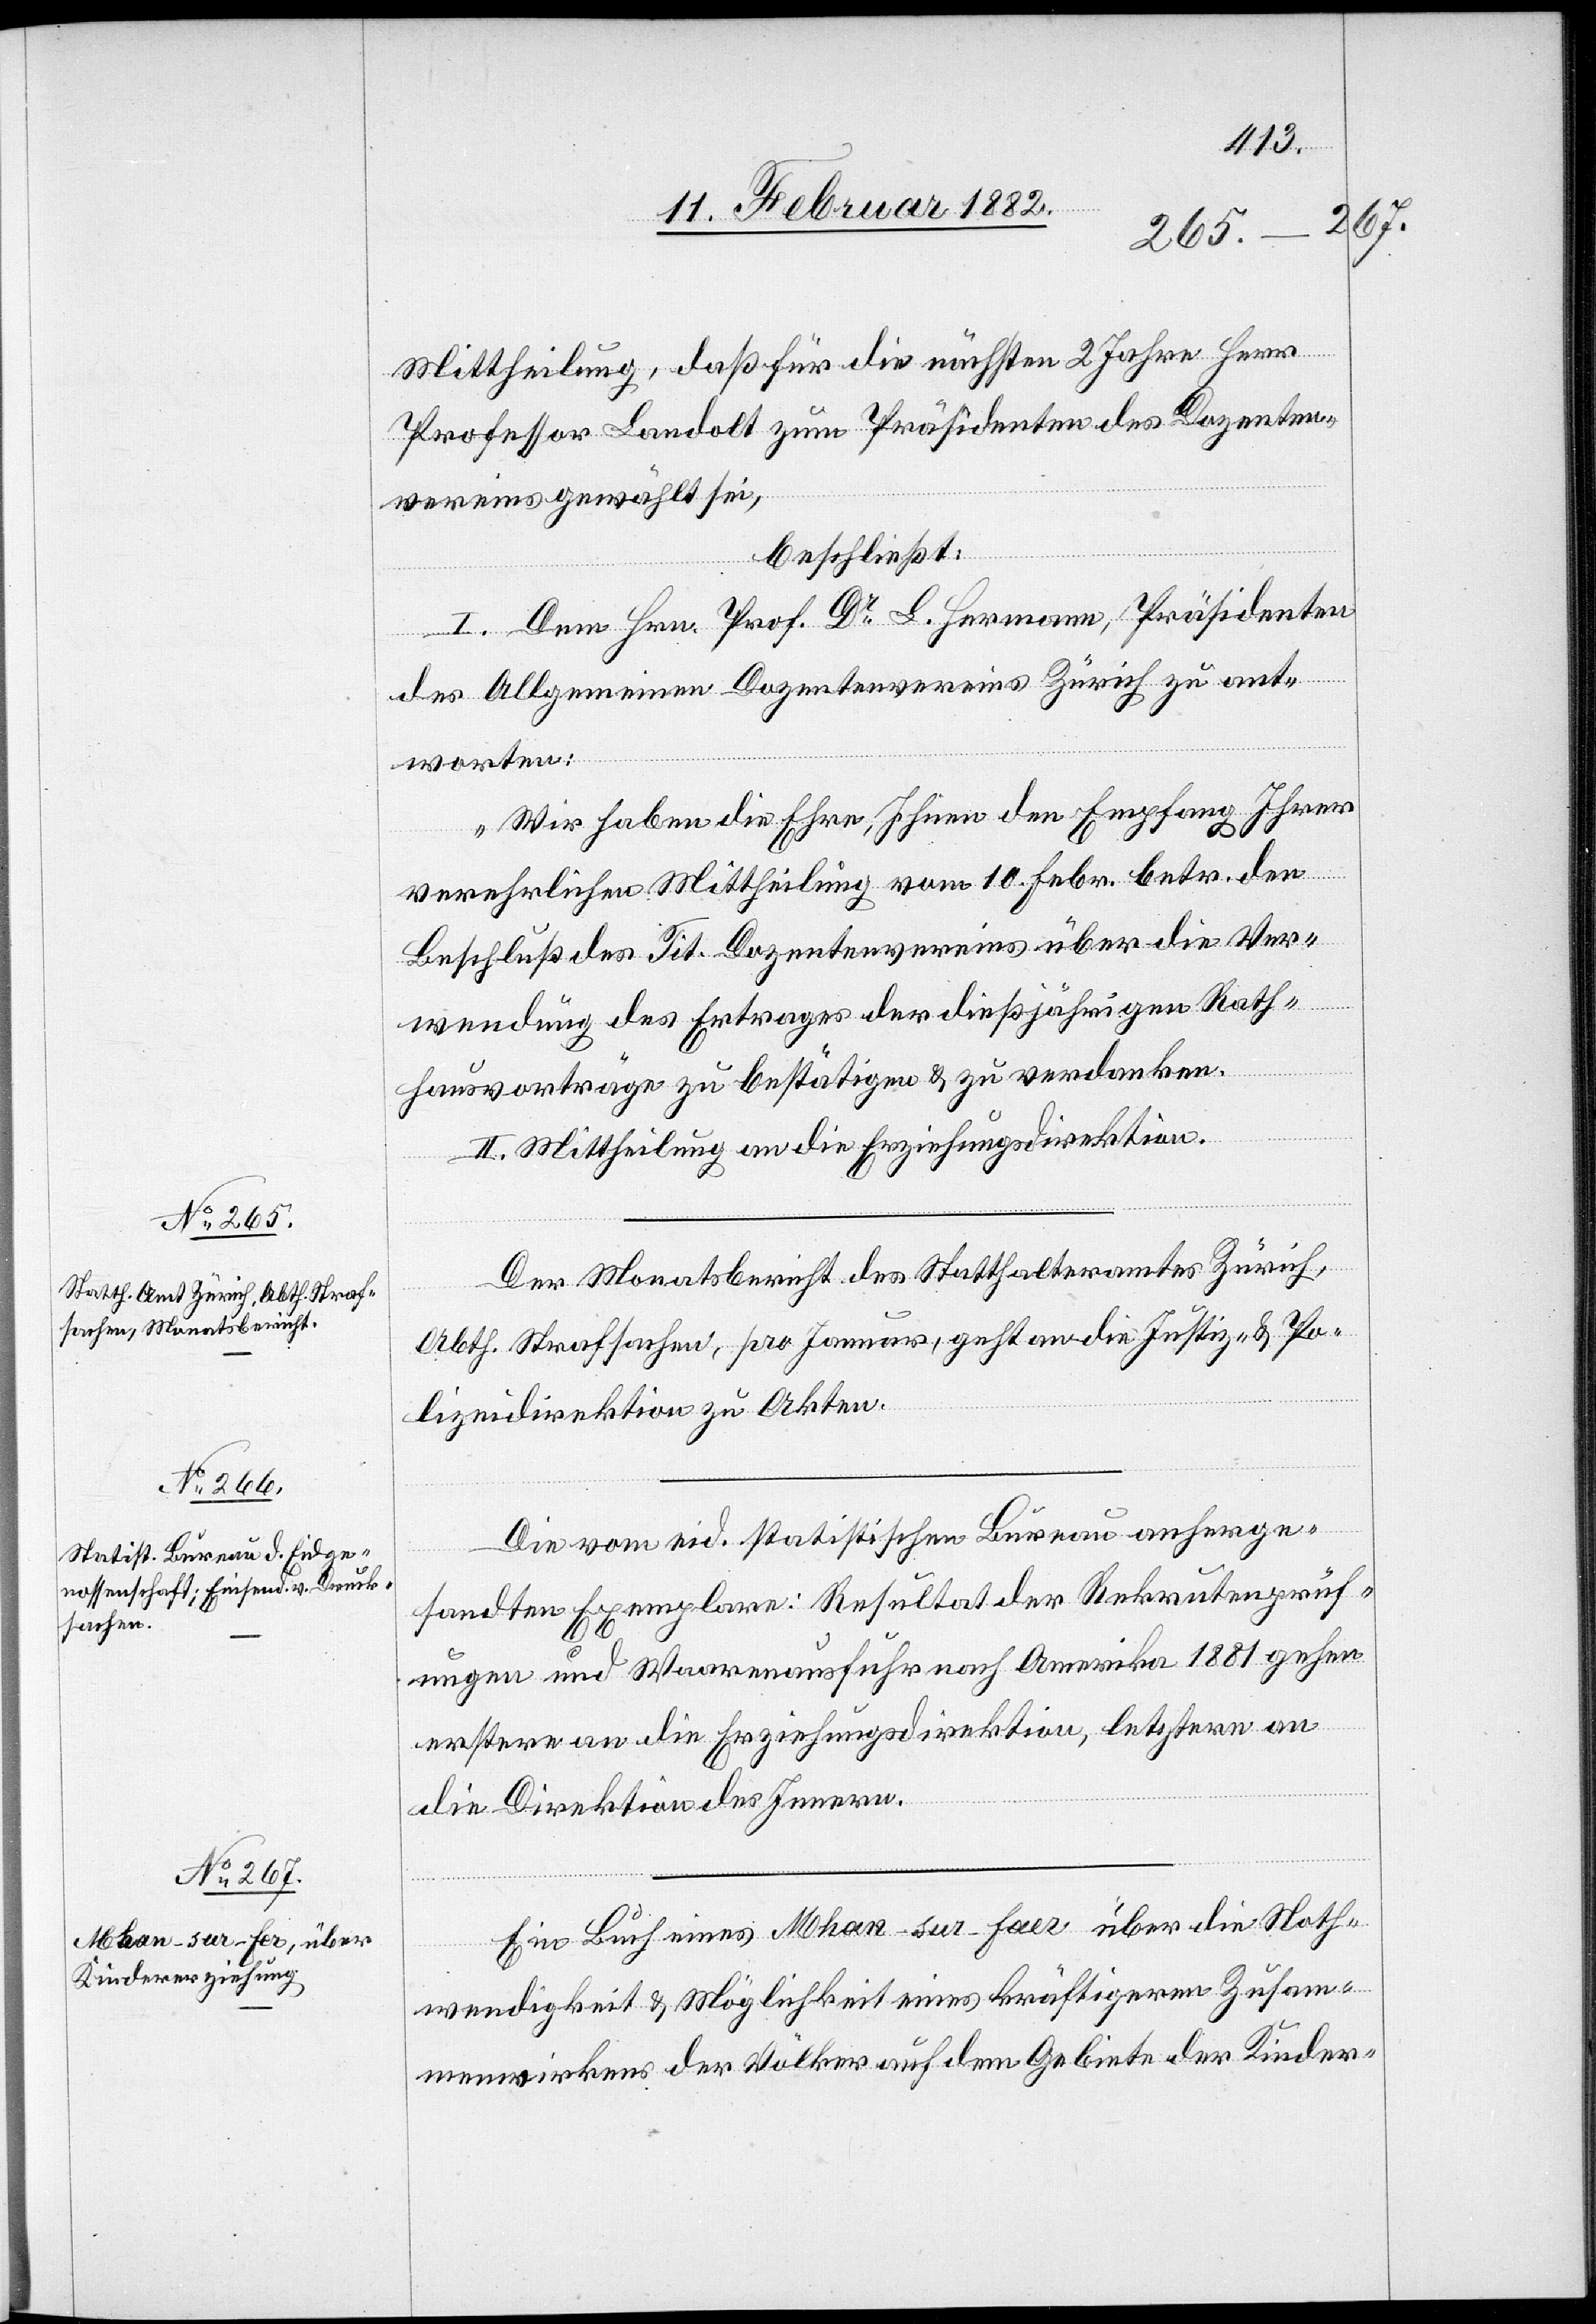
Mittheilung, daß für die nächsten 2 Jahre Herr
Professor Landolt zum Präsidenten des Dozenten¬
vereins gewählt sei,
beschließt:
I. Dem Hrn. Prof. Dr L. Hermann, Präsidenten
des Allgemeinen Dozentenvereins Zürich zu ant¬
worten:
„Wir haben die Ehre, Ihnen den Empfang Ihrer
verehrlichen Mittheilung vom 10. Febr. betr. den
Beschluß des Tit. Dozentenvereins über die Ver¬
wendung des Ertrages der dießjährigen Rath¬
hausvorträge zu bestätigen & zu verdanken.
II. Mittheilung an die Erziehungsdirektion
Der Monatsbericht des Statthalteramtes Zürich,
Abth. Strafsachen, pro Januar, geht an die Justiz- & Po¬
lizeidirektion zu Akten.
Die vom eid. statistischen Bureau anherge¬
sandten Exemplare: Resultat der Rekrutenprüf¬
ungen und Waarenausfuhr nach Amerika 1881 gehen
erstern an die Erziehungsdirektion, letztern an
die Direktion des Innern.
Ein Buch eines Mhan-sur-Faer [sic!] über die Noth¬
wendigkeit & Möglichkeit eines kräftigeren Zusam¬
menwirkens der Völker auf dem Gebiete der Kinder-